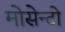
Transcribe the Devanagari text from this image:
मोसेन्टो